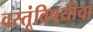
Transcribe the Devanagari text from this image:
वस्तूंविषयीचा